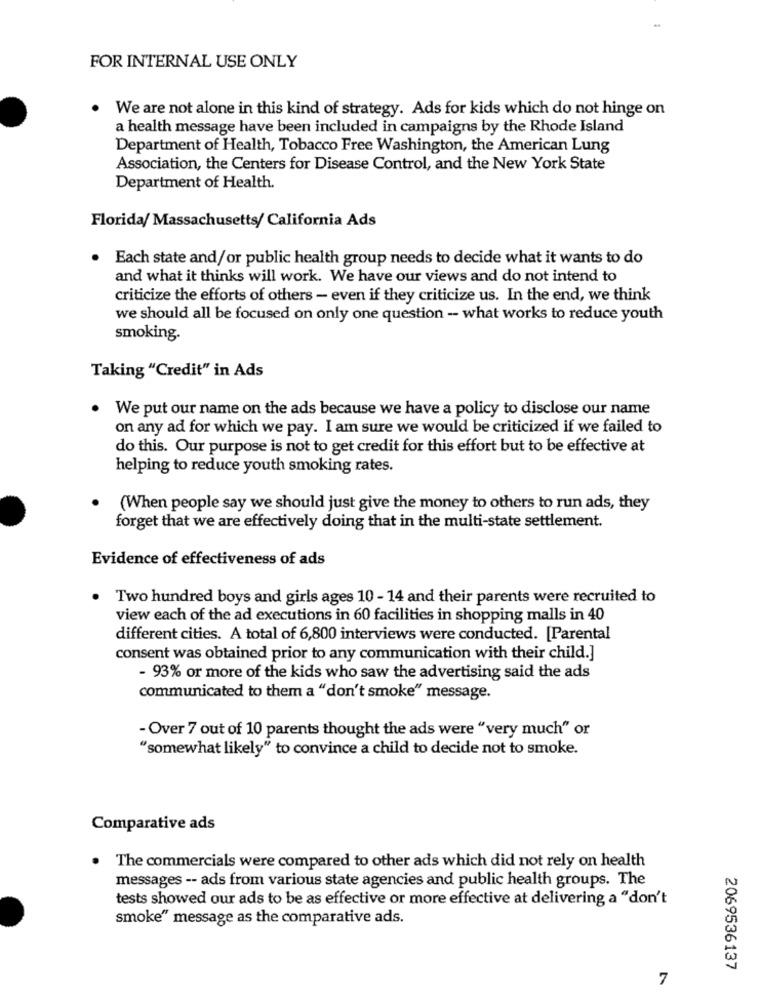
FOR INTERNAL USE ONLY
We are not alone in this kind of strategy. Ads for kids which do not hinge on
a health message have been included in campaigns by the Rhode Island
Department of Health, Tobacco Free Washington, the American Lung
Association, the Centers for Disease Control, and the New York State
Department of Health.
Florida/ Massachusetts/ California Ads
. Each state and/or public health group needs to decide what it wants to do
and what it thinks will work. We have our views and do not intend to
criticize the efforts of others - even if they criticize us. In the end, we think
we should all be focused on only one question - what works to reduce youth
smoking.
Taking "Credit" in Ads
.
We put our name on the ads because we have a policy to disclose our name
on any ad for which we pay. I am sure we would be criticized if we failed to
do this. Our purpose is not to get credit for this effort but to be effective at
helping to reduce youth smoking rates.
(When people say we should just give the money to others to run ads, they
forget that we are effectively doing that in the multi-state settlement.
Evidence of effectiveness of ads
Two hundred boys and girls ages 10 - 14 and their parents were recruited to
view each of the ad executions in 60 facilities in shopping malls in 40
different cities. A total of 6,800 interviews were conducted. [Parental
consent was obtained prior to any communication with their child.]
- 93% or more of the kids who saw the advertising said the ads
communicated to them a "don't smoke" message.
- Over 7 out of 10 parents thought the ads were "very much" or
"somewhat likely" to convince a child to decide not to smoke.
Comparative ads
. The commercials were compared to other ads which did not rely on health
messages -- ads from various state agencies and public health groups. The
tests showed our ads to be as effective or more effective at delivering a "don't
smoke" message as the comparative ads.
2069536137
7